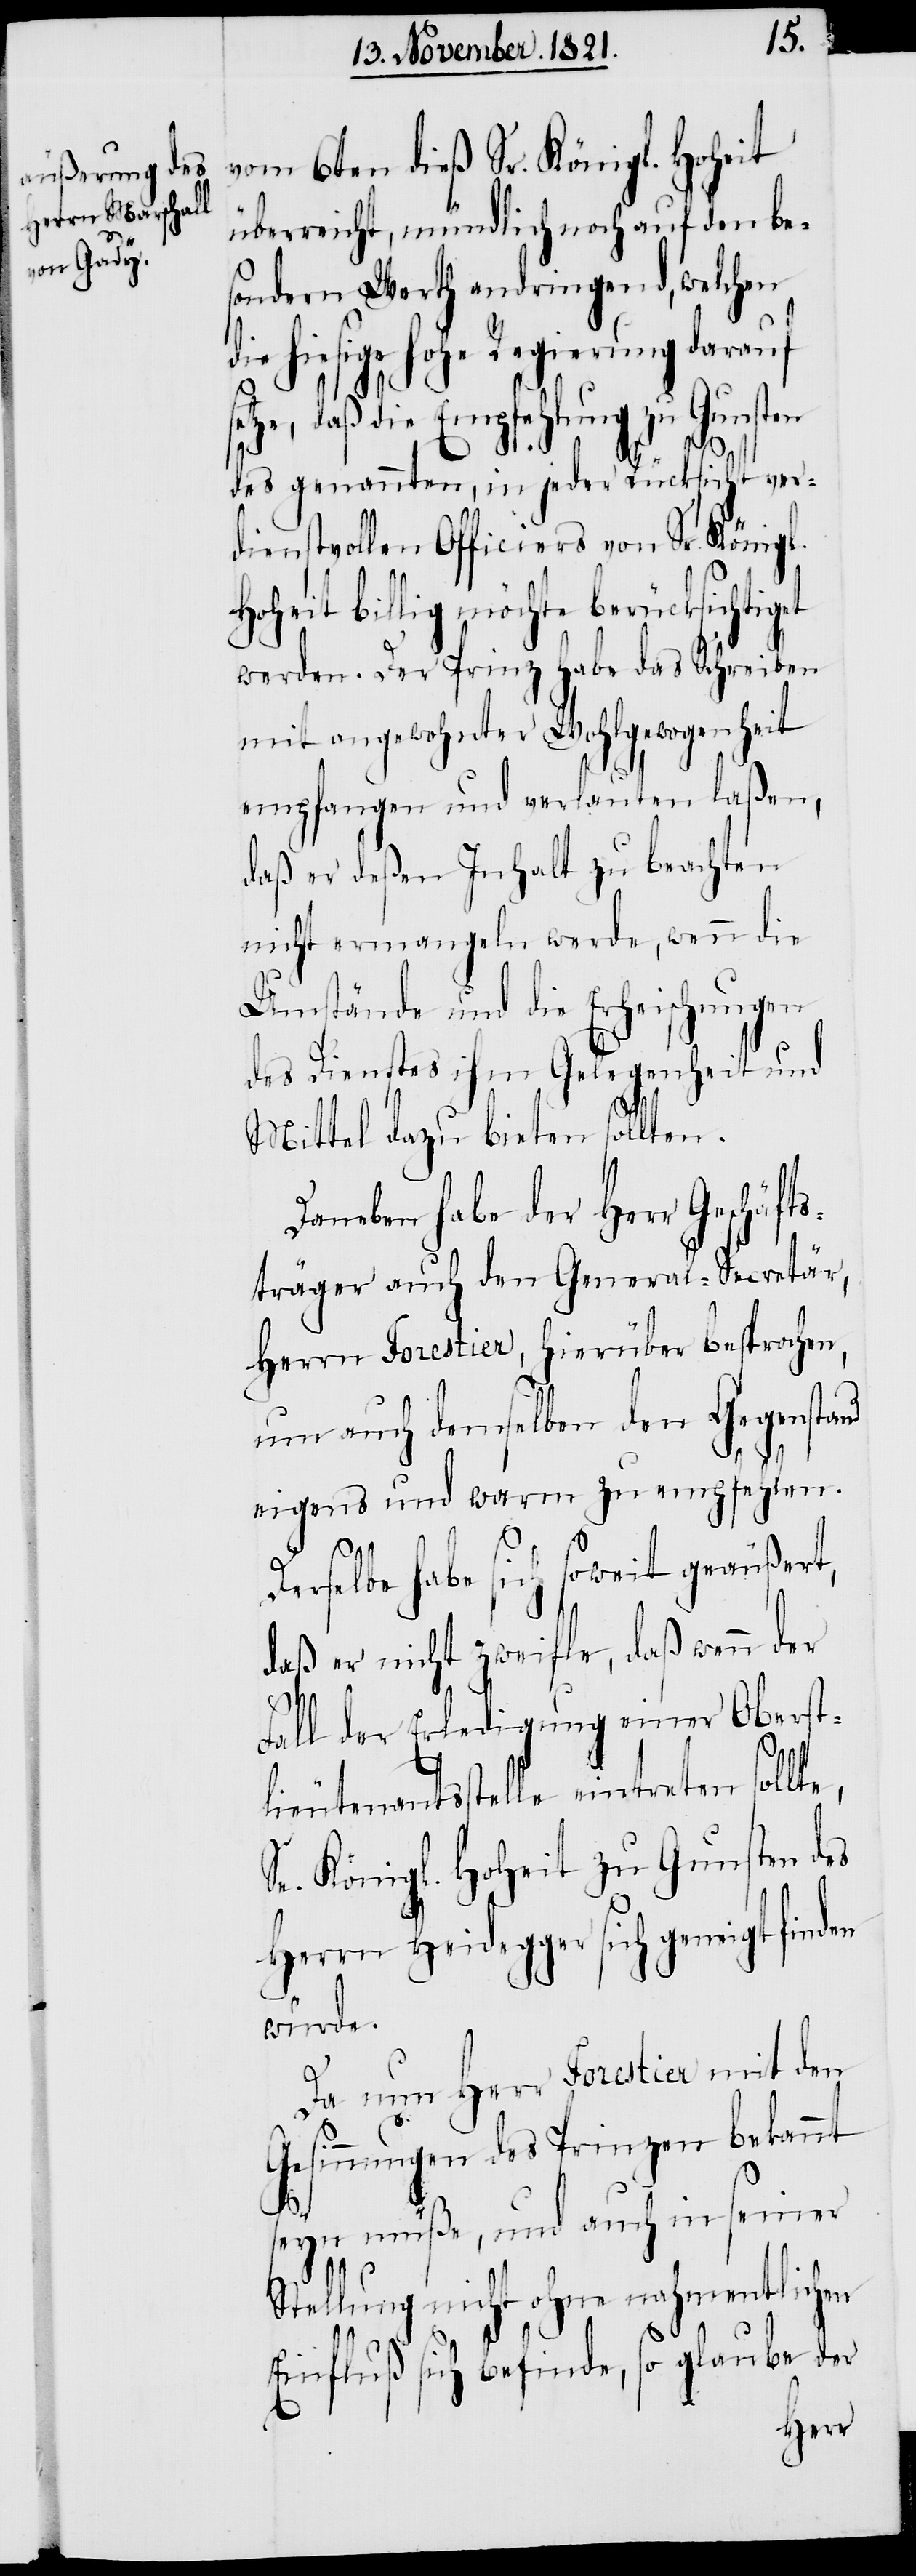
vom 6ten dieß Sr. Königl. Hoheit
überreicht, mündlich noch auf den be¬
sondern Werth andringend, welchen
die hiesige hohe Regierung darauf
ze, daß die Empfehlung zu Gunsten
des genannten, in jeder Rücksicht ver¬
dienstvollen Officiers von Sr. Königl.
Hoheit billig möchte berücksichtiget
werden. Der Prinz habe das Schreiben
mit angewohnter Wohlgewogenheit
empfangen und verlauten laßen,
daß er deßen Inhalt zu beachten
nicht ermangeln werde, wenn die
Umstände und die Erheischungen
des Dienstes ihm Gelegenheit und
set¬
Mittel dazu bieten sollten.
Daneben habe der Herr Geschäfts¬
träger auch den General-Secretär,
Herrn Forestier, hierüber besprochen,
um auch demselben den Gegenstand
eigens und warm zu empfehlen.
Derselbe habe sich soweit geäußert,
daß er nicht zweifle, daß wenn der
Fall der Erledigung einer Oberst¬
lieutenantsstelle eintreten sollte,
Se. Königl. Hoheit zu Gunsten des
Herrn Heidegger sich geneigt finden
würde.
Da nun Herr Forestier mit den
Gesinnungen des Prinzen bekannt
seyn müße, und auch in seiner
Stellung nicht ohne nahmentlichen
Einfluß sich befinde, so glaube der